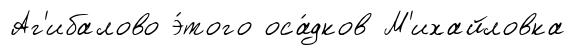
Аг'ибалово э́того оса́дков М'ихайловка